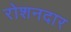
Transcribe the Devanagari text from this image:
रोशनदार